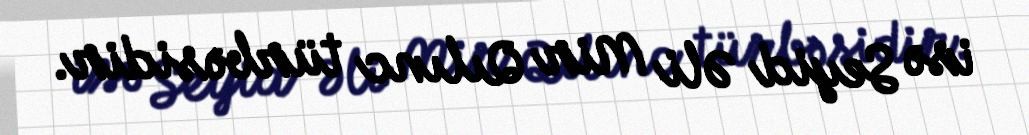
isə Seyid Əli Mir Qılınc türbəsidir.